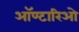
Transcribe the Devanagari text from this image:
ऑण्टारिओ